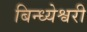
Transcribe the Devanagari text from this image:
बिन्ध्येश्वरी